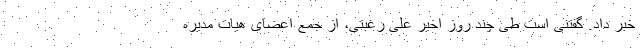
خبر داد. گفتنی است طی چند روز اخیر علی رغبتی، از جمع اعضای هیات مدیره